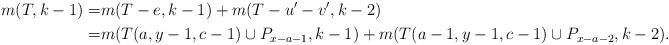
LaTeX: \begin{align*} m(T,k-1)=&m(T-e,k-1)+m(T-u'-v',k-2)\\ =&m(T(a,y-1,c-1)\cup P_{x-a-1},k-1)+m(T(a-1,y-1,c-1)\cup P_{x-a-2},k-2).\end{align*}